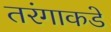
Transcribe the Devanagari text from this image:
तरंगाकडे